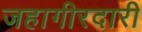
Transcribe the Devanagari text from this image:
जहागीरदारी